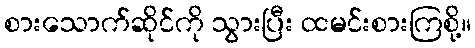
စားသောက်ဆိုင်ကို သွားပြီး ထမင်းစားကြစို့။